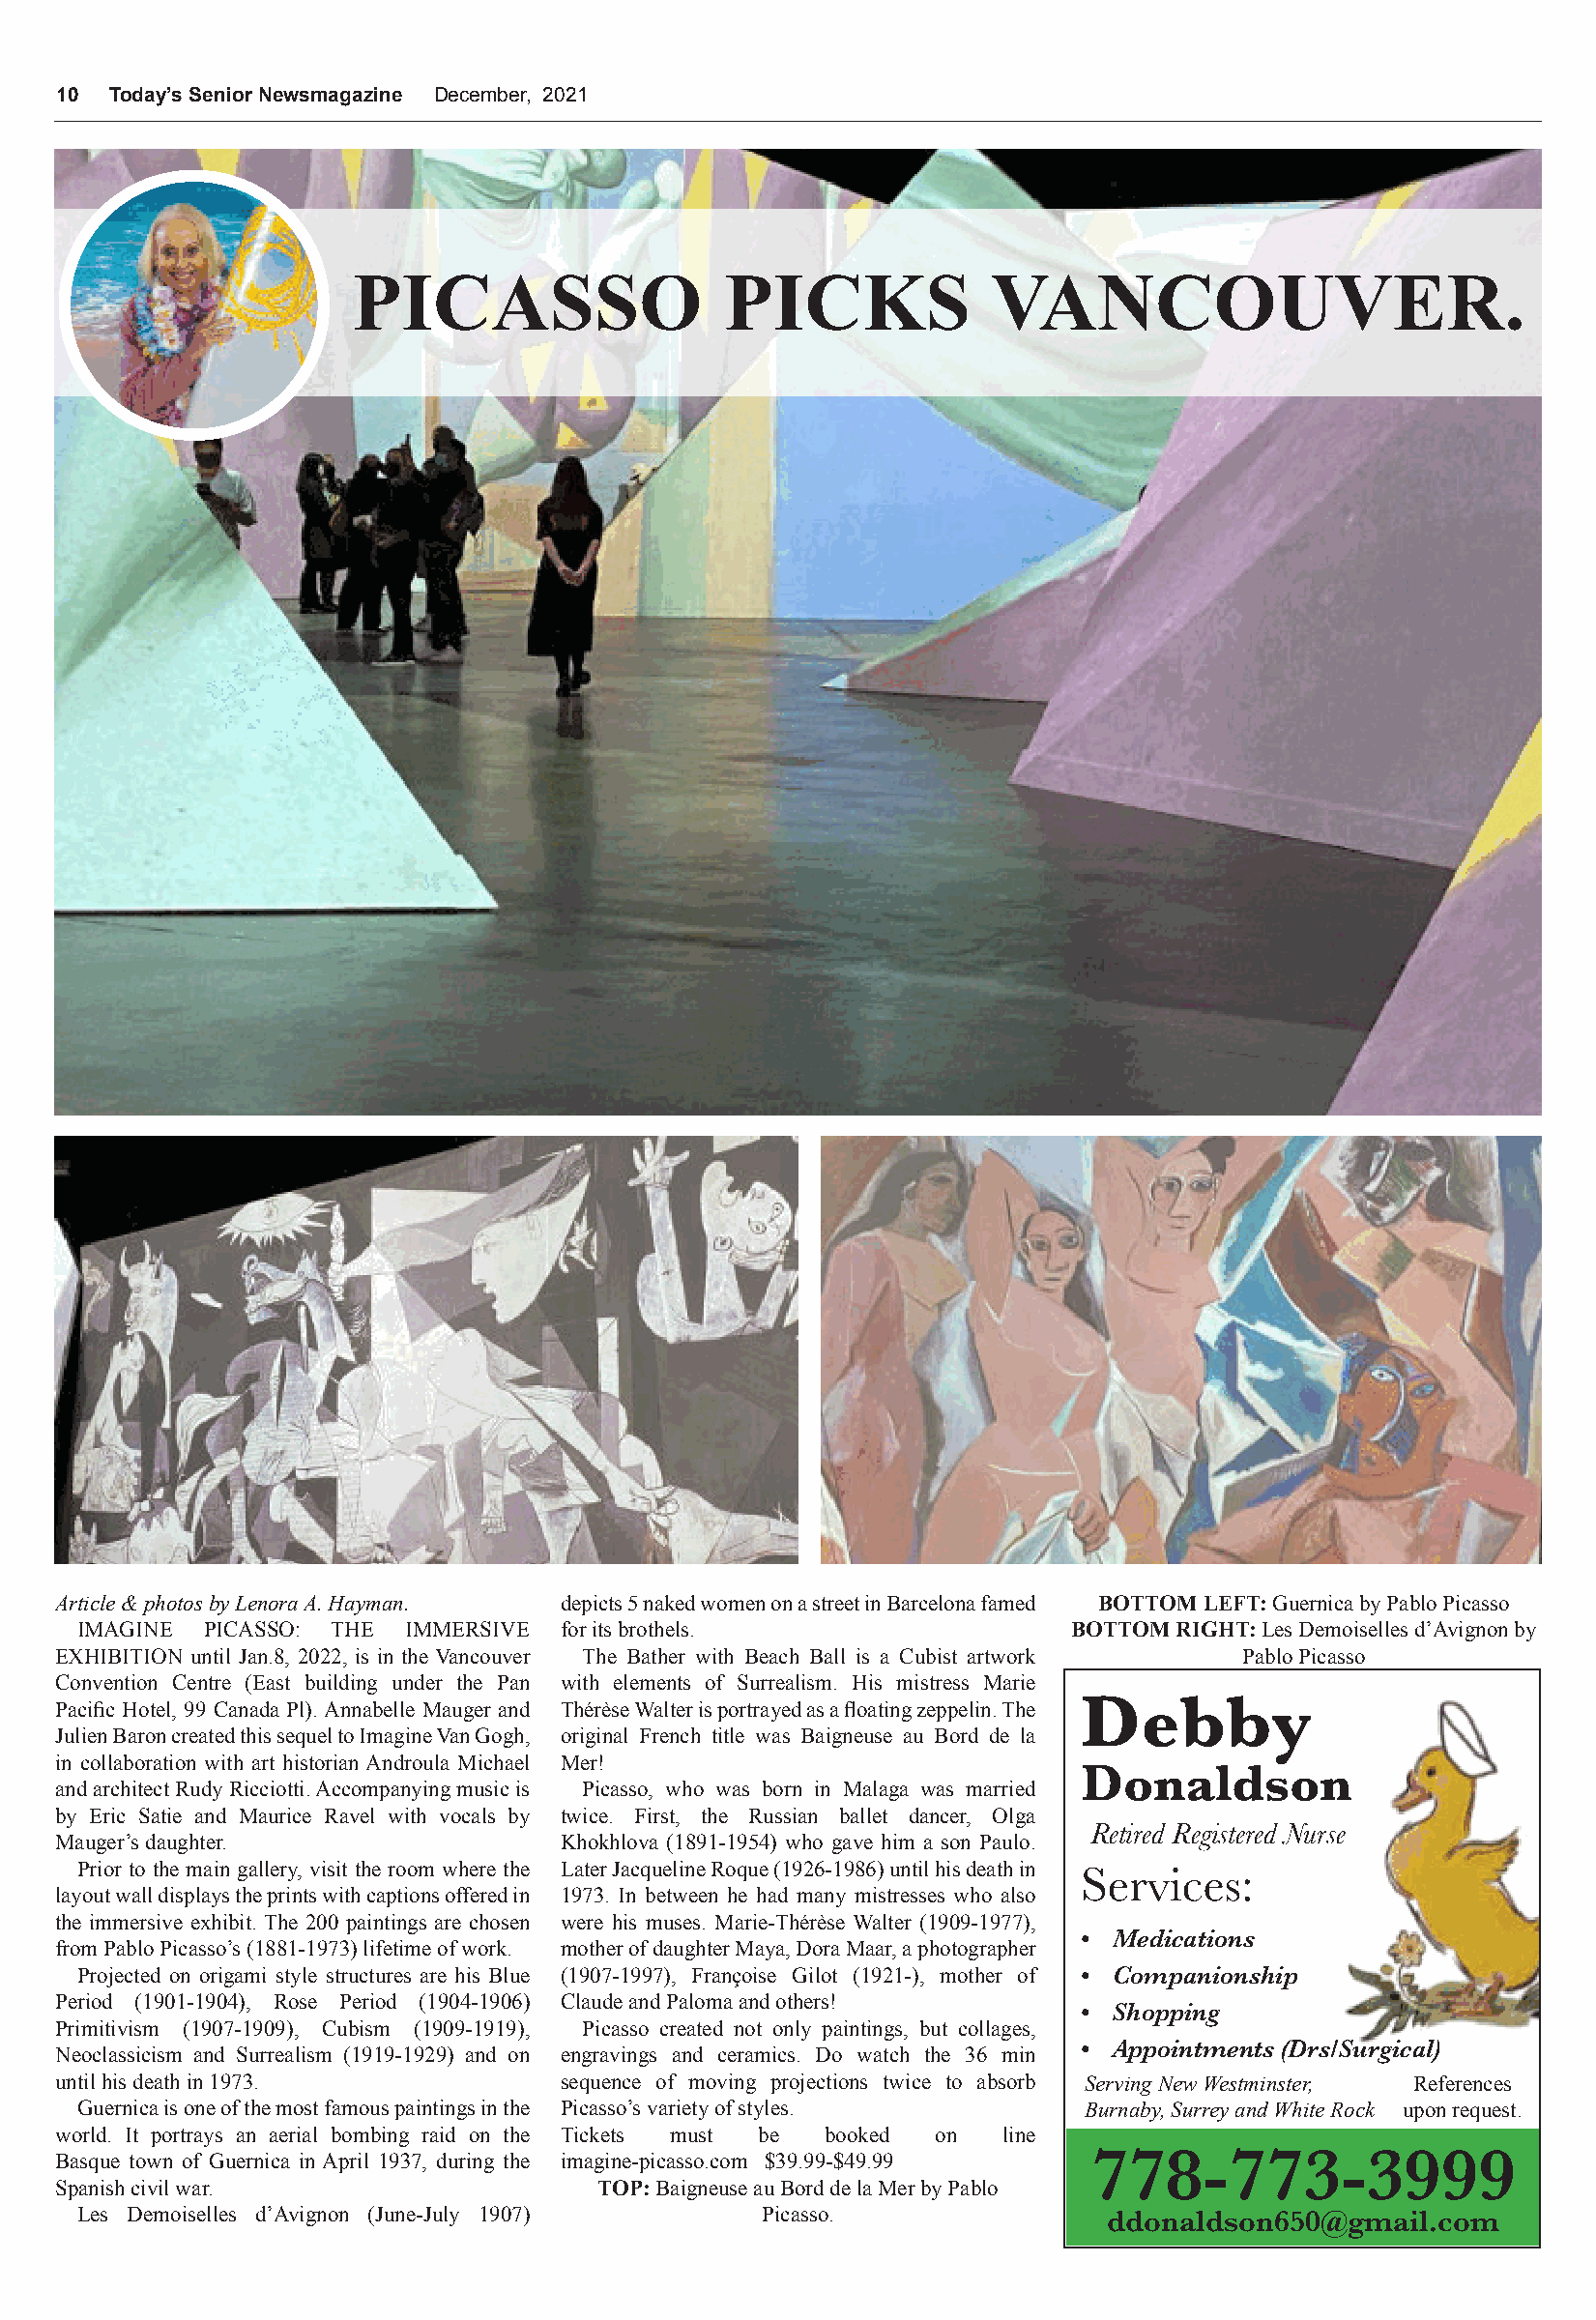
10  Today’s Senior Newsmagazine December, 2021
 PICASSO                   PICKS             VANCOUVER.
 Article&photosbyLenoraA.Hayman.   depicts5nakedwomenonastreetinBarcelonafamed BOTTOMLEFT:GuernicabyPabloPicasso
 IMAGINE  PICASSO: THE  IMMERSIVE foritsbrothels.                    BOTTOMRIGHT:LesDemoisellesd’Avignonby
 EXHIBITION until Jan.8, 2022, is in the Vancouver The Bather with Beach Ball is a Cubist artwork PabloPicasso
 Convention Centre (East building under the Pan with elements of Surrealism. His mistress Marie
 Debby
 Pacific Hotel, 99 Canada Pl).Annabelle Mauger and ThérèseWalterisportrayedasafloatingzeppelin.The
 JulienBaroncreatedthissequeltoImagineVanGogh, original French title was Baigneuse au Bord de la
 in collaboration with art historianAndroula Michael Mer!
 Donaldson
 andarchitectRudyRicciotti.Accompanyingmusicis Picasso, who was born in Malaga was married
 by Eric Satie and Maurice Ravel with vocals by twice. First, the Russian ballet dancer, Olga
 Retired Registered Nurse
 Mauger’sdaughter.                 Khokhlova (1891-1954) who gave him a son Paulo.
 Prior to the main gallery, visit the room where the LaterJacquelineRoque(1926-1986)untilhisdeathin Services:
 layoutwalldisplaystheprintswithcaptionsofferedin 1973. In between he had many mistresses who also
 the immersive exhibit. The 200 paintings are chosen were his muses. Marie-Thérèse Walter (1909-1977),
 • Medications
 fromPabloPicasso’s(1881-1973)lifetimeofwork. motherofdaughterMaya,DoraMaar,aphotographer
 Projected on origami style structures are his Blue (1907-1997), Françoise Gilot (1921-), mother of • Companionship
 Period (1901-1904), Rose Period (1904-1906) ClaudeandPalomaandothers!
 • Shopping
 Primitivism (1907-1909), Cubism (1909-1919), Picasso created not only paintings, but collages,
 • Appointments (Drs/Surgical)
 Neoclassicism and Surrealism (1919-1929) and on engravings and ceramics. Do watch the 36 min
 untilhisdeathin1973.              sequence of moving projections twice to absorb ServingNewWestminster, References
 Guernicaisoneofthemostfamouspaintingsinthe Picasso’svarietyofstyles. Burnaby,SurreyandWhiteRock uponrequest.
 world. It portrays an aerial bombing raid on the Tickets must be booked on line
 778-773-3999
 Basque town of Guernica in April 1937, during the imagine-picasso.com $39.99-$49.99
 Spanishcivilwar.                     TOP:BaigneuseauBorddelaMerbyPablo
 Les Demoiselles d’Avignon (June-July 1907)     Picasso.                ddonaldson650@gmail.com